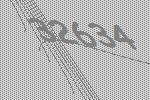
32634